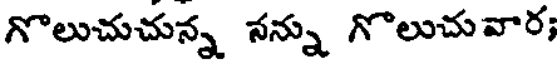
గొలుచుచున్న నన్ను గొలుచువార;